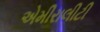
એમીરાલીટી